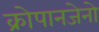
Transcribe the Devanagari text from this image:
क्रोपानजेनो